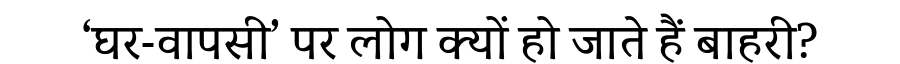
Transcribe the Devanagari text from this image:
‘घर-वापसी’ पर लोग क्यों हो जाते हैं बाहरी?